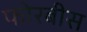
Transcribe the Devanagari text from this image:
फोरबीस